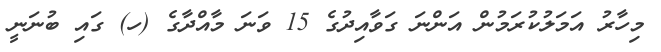
މިހާރު އަމަލުކުރަމުން އަންނަ ގަވާއިދުގެ 15 ވަނަ މާއްދާގެ (ހ) ގައި ބުނަނީ